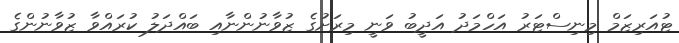
ޓުއަރިޒަމް މިނިސްޓަރު އަހްމަދު އަދީބު ވަނީ މިރަށުގެ ޒުވާނުންނާއި ބައްދަލު ކުރައްވާ ޒުވާނުންގެ